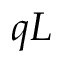
q L